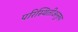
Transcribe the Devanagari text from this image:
परिस्थितीअनुरुप